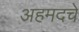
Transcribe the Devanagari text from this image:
अहमदचे